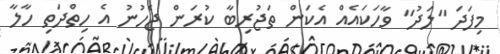
މިފަދަ "ލަދު" ވާހަކައެއް އެކަން ތަޖުރިބާ ކުރަން ޖެހުނު އެ ހިތްދަތި ހާލާ